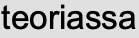
teoriassa